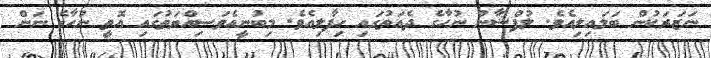
ނަޒަރަކުން ބަލައިލިއެވެ. ލުފްޝާން ނުހާގެ ދެއަތުގައި ހިފާލިއެވެ. މިބުނީއެވަސިއްޔަތުގައި އޮތީ ނުހާގެ ނަން